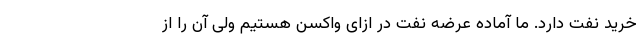
خرید نفت دارد. ما آماده عرضه نفت در ازای واکسن هستیم ولی آن را از